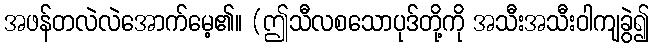
အဖန်တလဲလဲအောက်မေ့၏။ (ဤသီလစသောပုဒ်တို့ကို အသီးအသီးဝါကျခွဲ၍